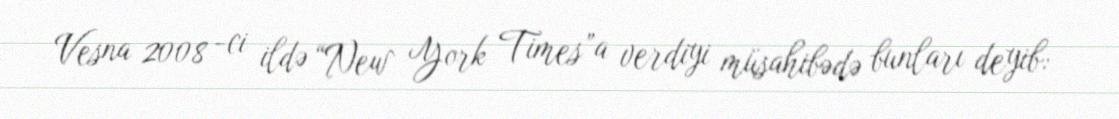
Vesna 2008 -ci ildə “New York Times”a verdiyi müsahibədə bunları deyib: